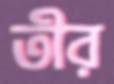
তীর